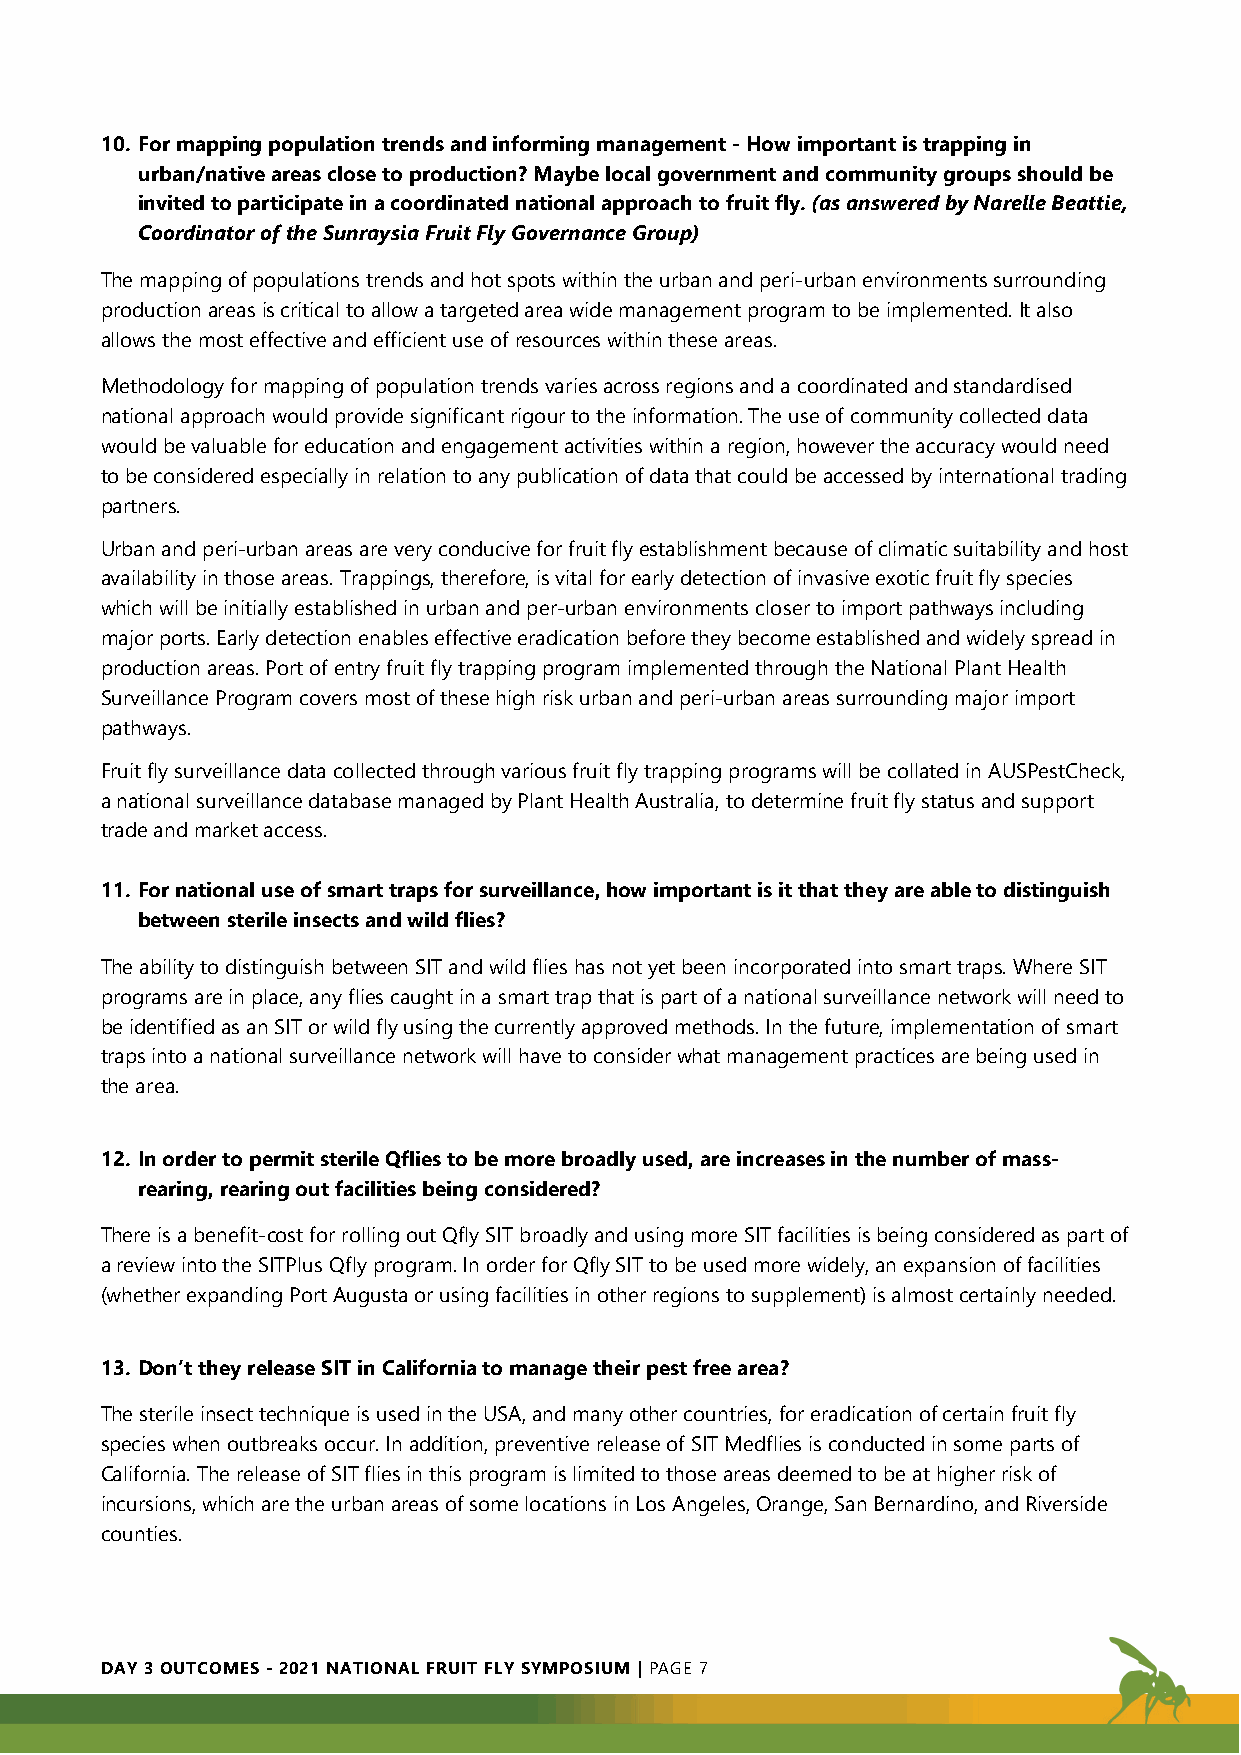
10. For mapping population trends and informing management - How important is trapping in
 urban/native areas close to production? Maybe local government and community groups should be
 invited to participate in a coordinated national approach to fruit fly. (as answered by Narelle Beattie,
 Coordinator of the Sunraysia Fruit Fly Governance Group)
 The mapping of populations trends and hot spots within the urban and peri-urban environments surrounding
 production areas is critical to allow a targeted area wide management program to be implemented. It also
 allows the most effective and efficient use of resources within these areas.
 Methodology for mapping of population trends varies across regions and a coordinated and standardised
 national approach would provide significant rigour to the information. The use of community collected data
 would be valuable for education and engagement activities within a region, however the accuracy would need
 to be considered especially in relation to any publication of data that could be accessed by international trading
 partners.
 Urban and peri-urban areas are very conducive for fruit fly establishment because of climatic suitability and host
 availability in those areas. Trappings, therefore, is vital for early detection of invasive exotic fruit fly species
 which will be initially established in urban and per-urban environments closer to import pathways including
 major ports. Early detection enables effective eradication before they become established and widely spread in
 production areas. Port of entry fruit fly trapping program implemented through the National Plant Health
 Surveillance Program covers most of these high risk urban and peri-urban areas surrounding major import
 pathways.
 Fruit fly surveillance data collected through various fruit fly trapping programs will be collated in AUSPestCheck,
 a national surveillance database managed by Plant Health Australia, to determine fruit fly status and support
 trade and market access.
 11. For national use of smart traps for surveillance, how important is it that they are able to distinguish
 between sterile insects and wild flies?
 The ability to distinguish between SIT and wild flies has not yet been incorporated into smart traps. Where SIT
 programs are in place, any flies caught in a smart trap that is part of a national surveillance network will need to
 be identified as an SIT or wild fly using the currently approved methods. In the future, implementation of smart
 traps into a national surveillance network will have to consider what management practices are being used in
 the area.
 12. In order to permit sterile Qflies to be more broadly used, are increases in the number of mass-
 rearing, rearing out facilities being considered?
 There is a benefit-cost for rolling out Qfly SIT broadly and using more SIT facilities is being considered as part of
 a review into the SITPlus Qfly program. In order for Qfly SIT to be used more widely, an expansion of facilities
 (whether expanding Port Augusta or using facilities in other regions to supplement) is almost certainly needed.
 13. Don’t they release SIT in California to manage their pest free area?
 The sterile insect technique is used in the USA, and many other countries, for eradication of certain fruit fly
 species when outbreaks occur. In addition, preventive release of SIT Medflies is conducted in some parts of
 California. The release of SIT flies in this program is limited to those areas deemed to be at higher risk of
 incursions, which are the urban areas of some locations in Los Angeles, Orange, San Bernardino, and Riverside
 counties.
 DAY 3 OUTCOMES - 2021 NATIONAL FRUIT FLY SYMPOSIUM | PAGE 7